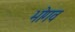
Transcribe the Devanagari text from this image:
भोगव